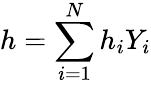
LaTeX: h=\sum_{i=1}^{N}h_{i}Y_{i}